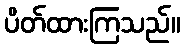
ပိတ်ထားကြသည်။